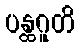
ပန္ထဂူတိ